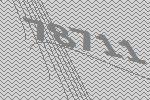
78711